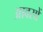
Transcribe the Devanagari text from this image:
आवसों